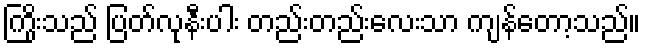
ကြိုးသည် ပြတ်လုနီးပါး တည်းတည်းလေးသာ ကျန်တော့သည်။